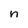
Character: n